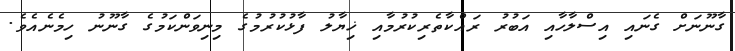
ގާނޫނަށް ގެނައި އިސްލާހާއި އަބުރު ރައްކާތެރިކުރުމާއި ޚިޔާލު ފާޅުކުރުމުގެ މިނިވަންކަމުގެ ގާނޫނު ހިމެނެއެވެ.